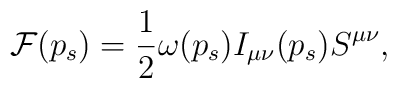
{\cal F}(p_s) = \frac{1}{2} \omega(p_s) I_{\mu \nu}(p_s) S^{\mu \nu},